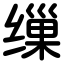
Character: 缫